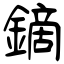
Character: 鏑